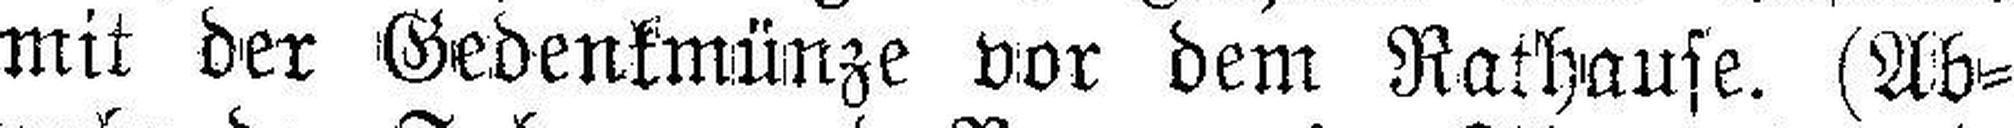
mit der Gedenkmünze vor dem Rathause. (Ab¬